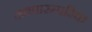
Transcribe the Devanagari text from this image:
नवपारम्परिक